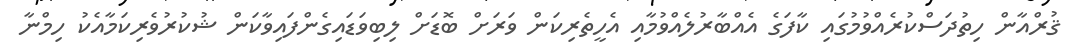
ޤުރްއާން ހިތުދަސްކުރެއްވުމުގައި ކާފަގެ އެއްބާރުލެއްވުމާއި އެހީތެރިކަން ވަރަށް ބޮޑަށް ލިބިވަޑައިގެންފައިވާކަން ޝުކުރުވެރިކަމާއެކު ހިމްނާ